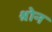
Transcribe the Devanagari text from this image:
श्रोन